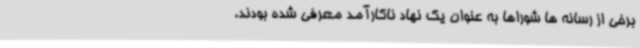
برخی از رسانه ها شوراها به عنوان یک نهاد ناکارآمد معرفی شده بودند.